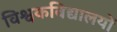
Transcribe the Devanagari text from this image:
विश्वकविद्यालयों